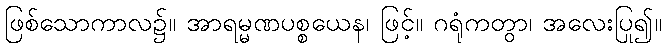
ဖြစ်သောကာလ၌။ အာရမ္မဏပစ္စယေန၊ ဖြင့်။ ဂရုံကတွာ၊ အလေးပြု၍။